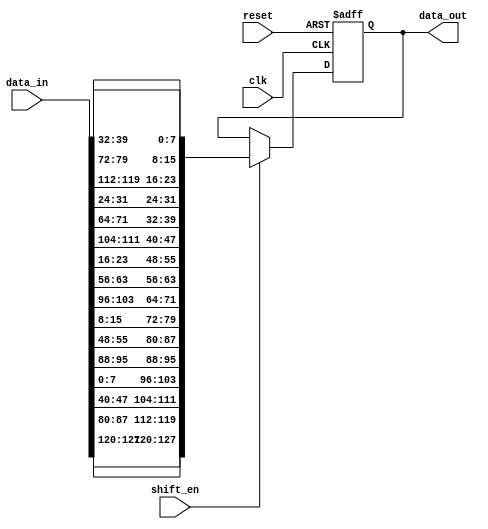
`timescale 1ns / 1ps
//////////////////////////////////////////////////////////////////////////////////
// Company: 
// Engineer: 
// 
// Design Name: 
// Module Name: Shift
// Project Name: 
// Target Devices: 
// Tool Versions: 
// Description: 
// 
// Dependencies: 
// 
// Revision:
// Revision 0.01 - File Created
// Additional Comments:
// 
//////////////////////////////////////////////////////////////////////////////////


module Shift(
    input clk,
    input reset,
    input [127:0] data_in,
    input shift_en,
    output [127:0] data_out 
    );
    
    reg [127:0] data_reg,data_next;
    
    always @(posedge clk,negedge reset) begin
        if(!reset)
            data_reg <= 'b0;
        else
            data_reg <= data_next;
    end
    
    always @(*) begin
        if(shift_en)
            data_next = {data_in[127:120],data_in[87:80],data_in[47:40],data_in[7:0],data_in[95:88],data_in[55:48],data_in[15:8],data_in[103:96],data_in[63:56],data_in[23:16],data_in[111:104],data_in[71:64],data_in[31:24],data_in[119:112],data_in[79:72],data_in[39:32]};
        else
            data_next = data_reg;
    end
    
    assign data_out = data_reg;
    
endmodule